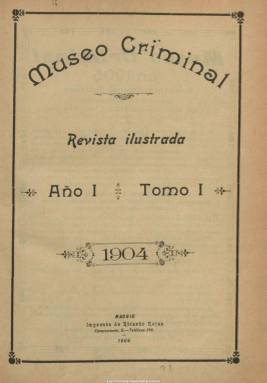
Título: Museo criminal
Colección: Sucesos
Ámbito geográfico: Madrid
Lugar de publicación: Madrid
Fechas: 01/01/1904-15/08/1909

Publicación de las que son consideradas especializadas en “sucesos”, que al aparecer, el uno de enero de 1904, se autoproclama como “revista única en España” de su género, y que, además de ofrecer una Crónica del crimen (sucesos de actualidad), insertará textos sobre la tipificación de los delitos, los sistemas policiales y de prisiones, asuntos judiciales e, incluso, de doctrina criminalística, medicina legal y ciencia penal, tanto de ámbito nacional como internacional, como es el caso de la policía de los zares

Estará dirigida al “gran público”, pero también a los funcionarios de la Guardia Civil, Carabineros, Judicatura y tropa del Ejército, cuyas suscripciones serán más ventajosas. Se editará en números quincenales, apareciendo los días uno y quince de cada mes, en entregas de ocho páginas, junto a otras ocho o doce con novelas ilustradas por entregas y encuadernables del mismo género, como la titulada La justicia de los gitanos, ilustrada con dibujos de Meléndez.

Insertará otros grabados y fotograbados acompañando a sus textos, tanto de retratos (de delincuentes, miembros de la Guardia Civil, etc.) como de dibujos y reproducciones artísticas (batallas, crímenes históricos, etc.), siendo su subtítulo “revista ilustrada”.

“Misterios de la Inquisición” será una de las secciones habituales de esta publicación, en cuyas páginas dedicará especial atención al anarquismo, publicando retratos de sus activistas, y de los servicios de la Guardia Civil, apareciendo también textos dedicados al bandolerismo o a la pena de muerte, a episodios heroicos de la Benemérita, a confeccionar un diccionario de caló o a catástrofes naturales.

Cuando en julio de 1908 aumente su paginación, a 12 y 16 páginas, dejará de editar el encuadernable y en su lugar insertará también relatos históricos novelados y dramatizados. Su última página la dedica a insertar anuncios comerciales. También organizará entre sus suscriptores sorteos de regalos y concursos.

En su número 135, correspondiente a su sexto año en publicación y de fecha 15 de agosto de 1909, en el que dará cuenta de los acontecimientos bélicos en Marruecos, acompañados de fotografías, anuncia su cese, pasando sus suscriptores a recibir en su lugar la revista El mundo militar (1908-1919), de cuya empresa editorial había entrado a formar parte.